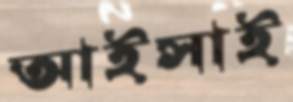
আইসাই